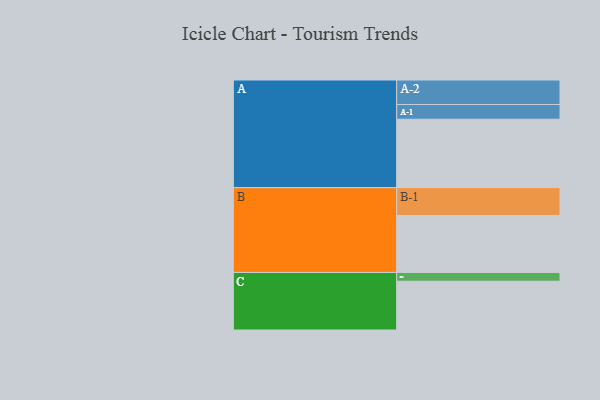
{"axis": {"x": "Segment", "y": "Value"}, "legend": ["", "A", "B", "C"], "data": [{"x": "A", "y": 598, "type": ""}, {"x": "B", "y": 497, "type": ""}, {"x": "C", "y": 426, "type": ""}, {"x": "A-1", "y": 129, "type": "A"}, {"x": "A-2", "y": 214, "type": "A"}, {"x": "B-1", "y": 244, "type": "B"}, {"x": "C-1", "y": 77, "type": "C"}]}